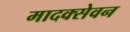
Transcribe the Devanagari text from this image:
मादक्सेवन